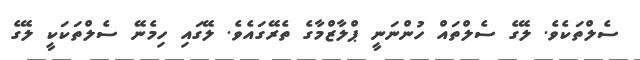
ސެލްތަކެވެ. ލޭގެ ސެލްތައް ހުންނަނީ ޕްލާޒްމާގެ ތެރޭގައެވެ. ލޭގައި ހިމެނޭ ސެލްތަކަކީ ލޭގެ